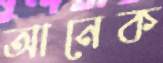
আনেক